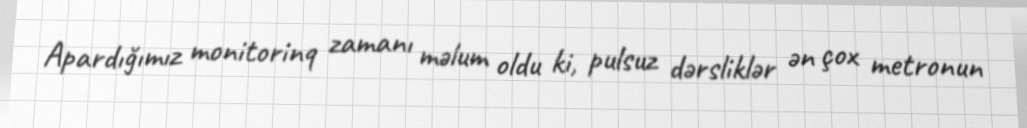
Apardığımız monitorinq zamanı məlum oldu ki, pulsuz dərsliklər ən çox metronun